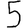
Digit: 5